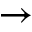
\rightarrow